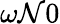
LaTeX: \omega\mathcal{N}0